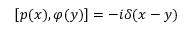
[ p ( x ) , \varphi ( y ) ] = - i \delta ( x - y )